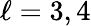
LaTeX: \ell=3,4